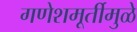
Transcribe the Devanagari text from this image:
गणेशमूर्तीमुळे